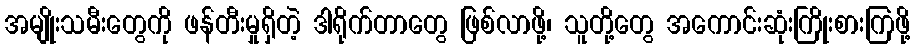
အမျိုးသမီးတွေကို ဖန်တီးမှုရှိတဲ့ ဒါရိုက်တာတွေ ဖြစ်လာဖို့၊ သူတို့တွေ အကောင်းဆုံးကြိုးစားကြဖို့